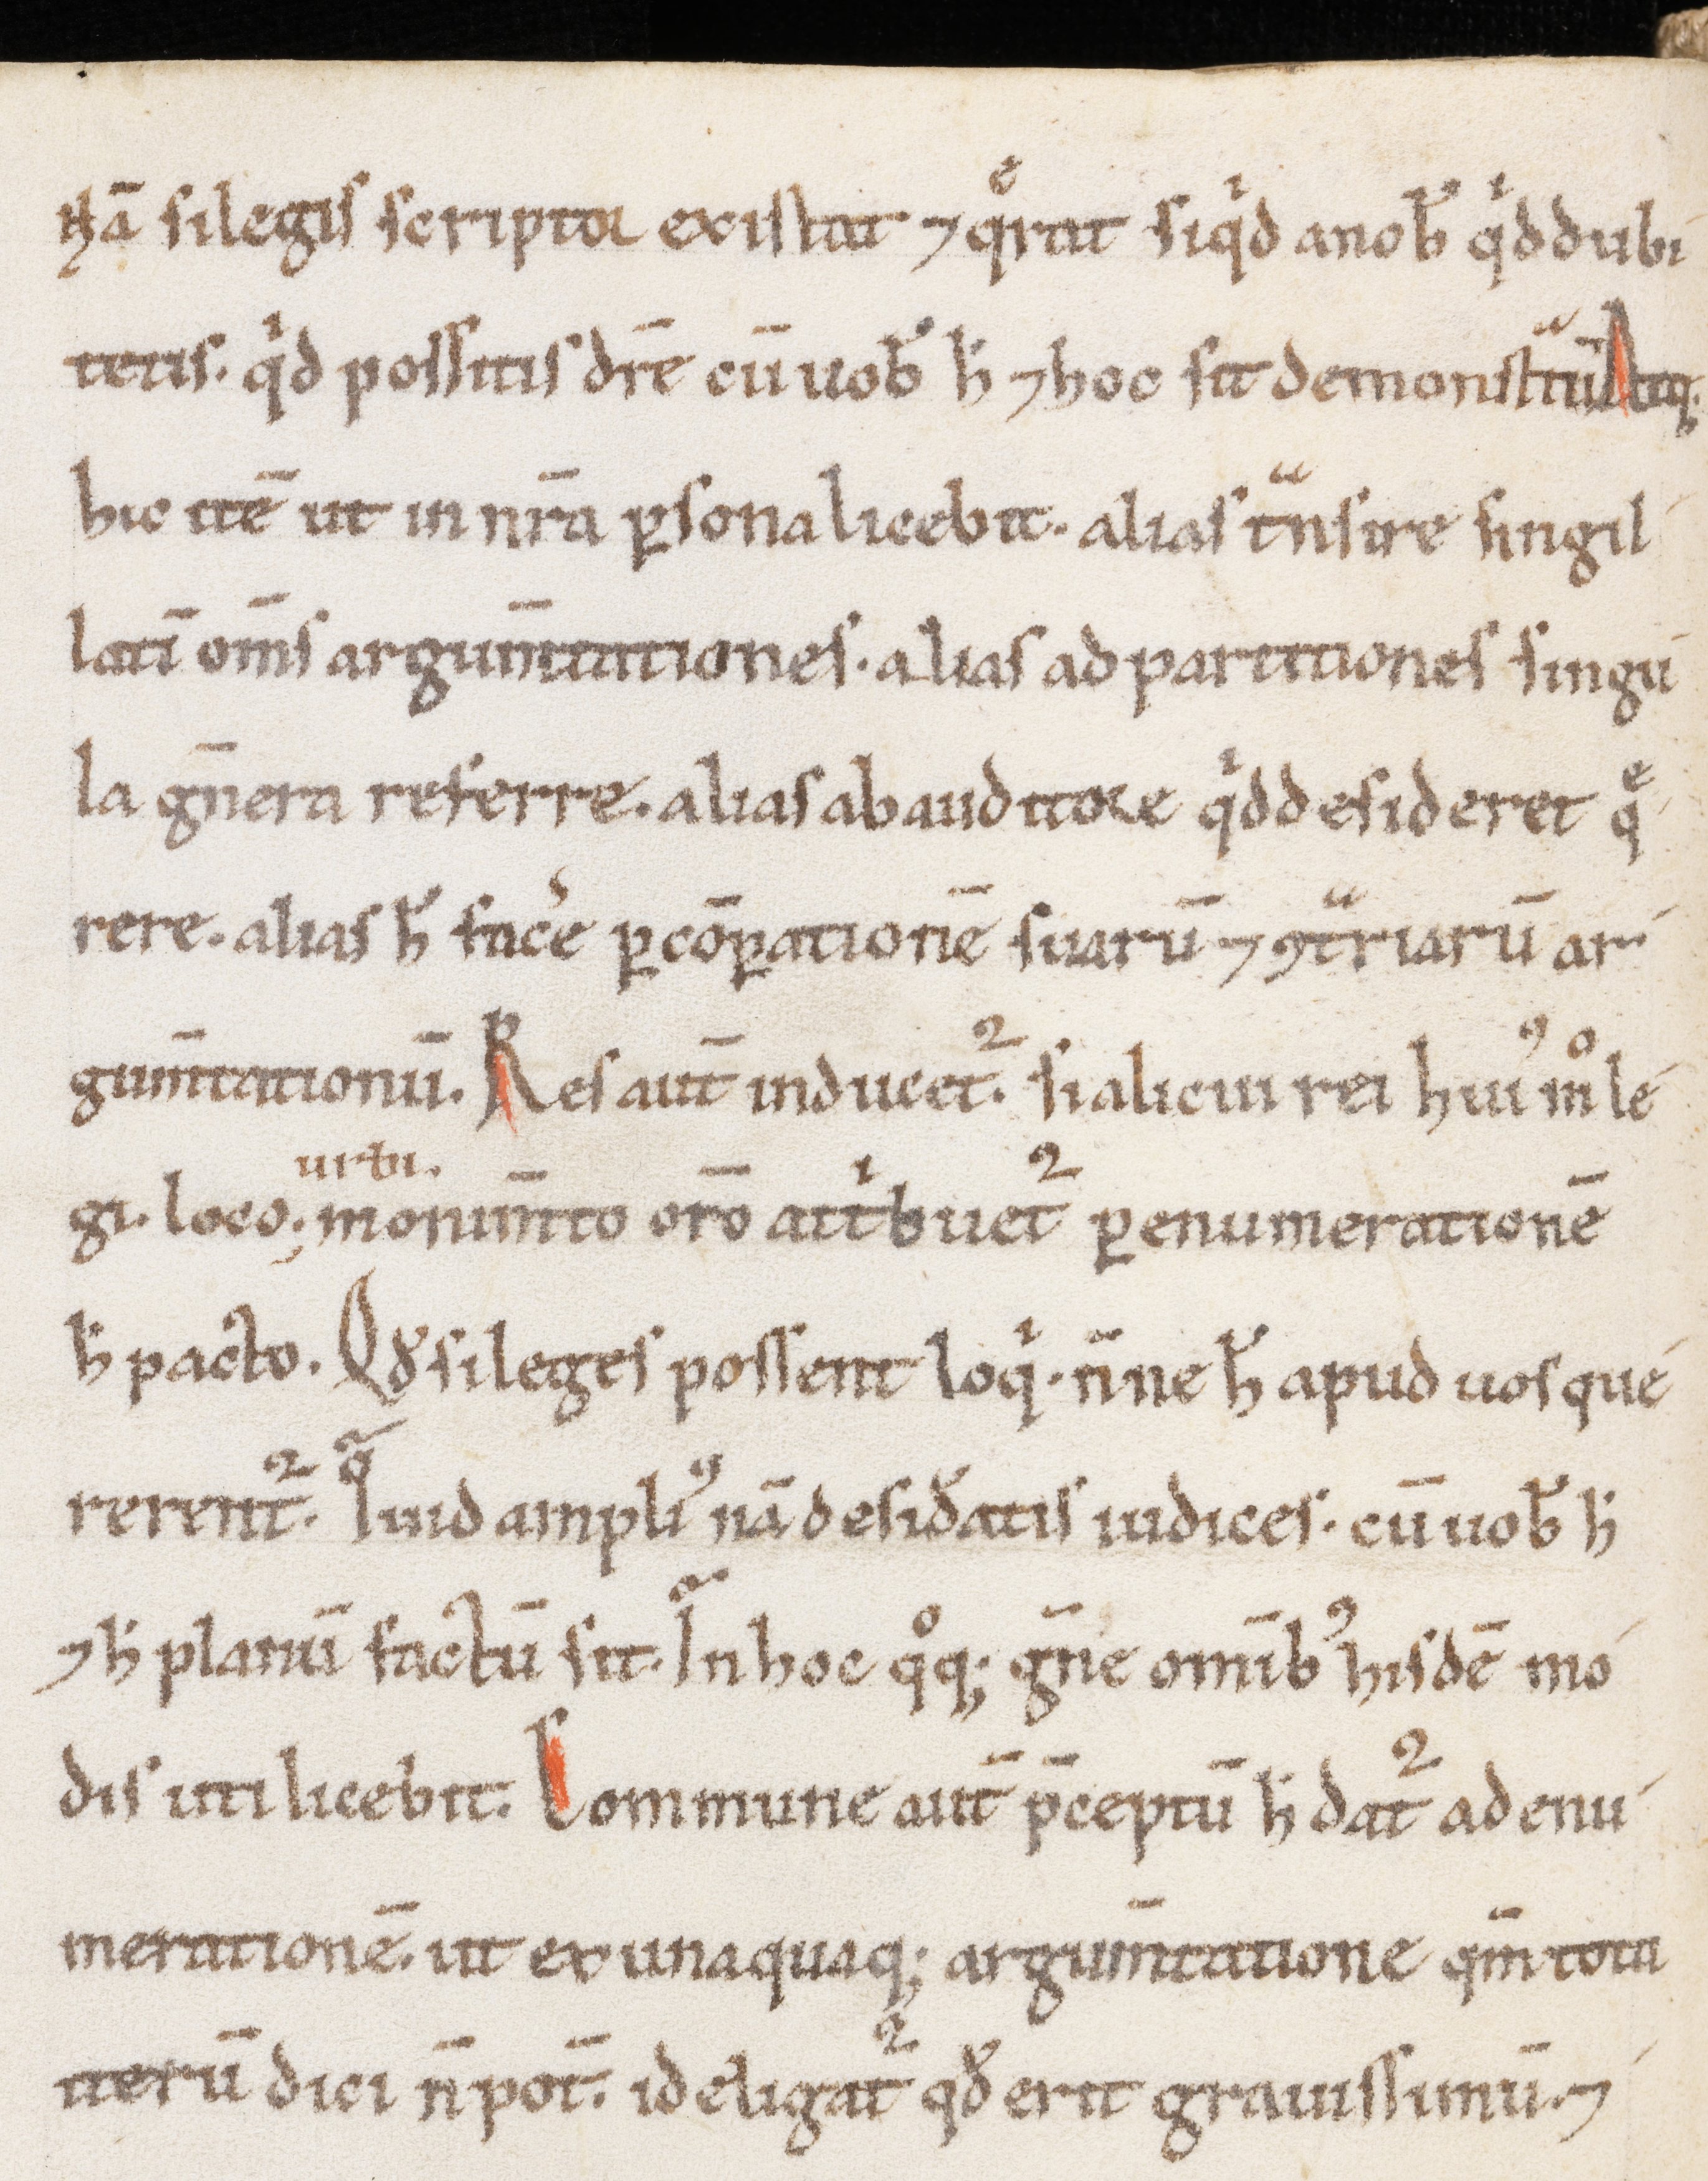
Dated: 1100–1199